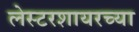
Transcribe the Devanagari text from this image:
लेस्टरशायरच्या